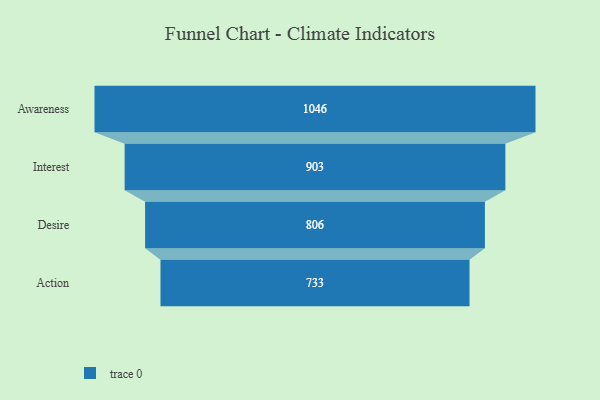
{"axis": {"x": "Stage", "y": "Value"}, "legend": [""], "data": [{"x": "Awareness", "y": 1046.0, "type": ""}, {"x": "Interest", "y": 903.0, "type": ""}, {"x": "Desire", "y": 806.0, "type": ""}, {"x": "Action", "y": 733.0, "type": ""}]}